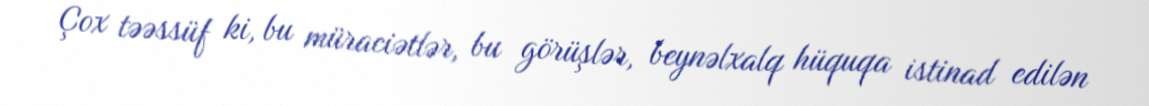
Çox təəssüf ki, bu müraciətlər, bu görüşlər, beynəlxalq hüquqa istinad edilən